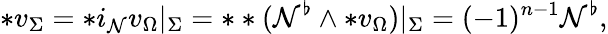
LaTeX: \ast v_{\Sigma}=\ast i_{\mathcal{N}}v_{\Omega}|_{\Sigma}=\ast\ast(\mathcal{N}^{\flat}\wedge\ast v_{\Omega})|_{\Sigma}=(-1)^{n-1}\mathcal{N}^{\flat},